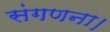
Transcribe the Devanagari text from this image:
संगणना।